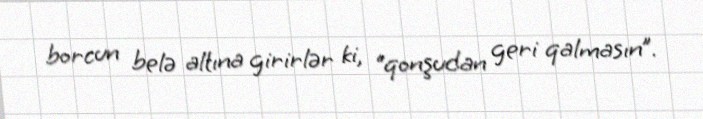
borcun belə altına girirlər ki, “qonşudan geri qalmasın”.